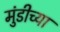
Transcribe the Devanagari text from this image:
मुंडीच्या